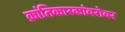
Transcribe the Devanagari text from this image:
क्रांतिकारकांबरोबर